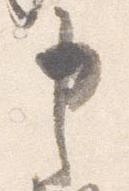
申